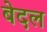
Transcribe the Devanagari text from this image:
बेदल